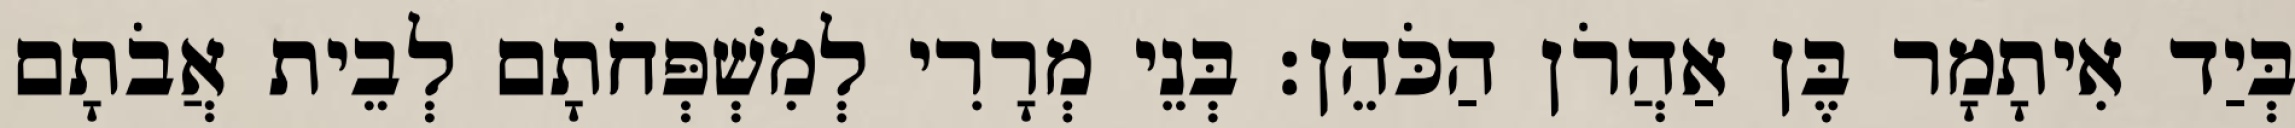
בְּיַד אִיתָמָר בֶּן אַהֲרֹן הַכֹּהֵן׃ בְּנֵי מְרָרִי לְמִשְׁפְּחֹתָם לְבֵית אֲבֹתָם